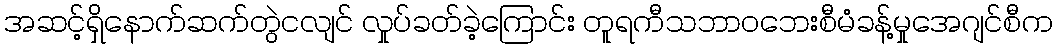
အဆင့်ရှိနောက်ဆက်တွဲငလျင် လှုပ်ခတ်ခဲ့ကြောင်း တူရကီသဘာဝဘေးစီမံခန့်မှုအေဂျင်စီက